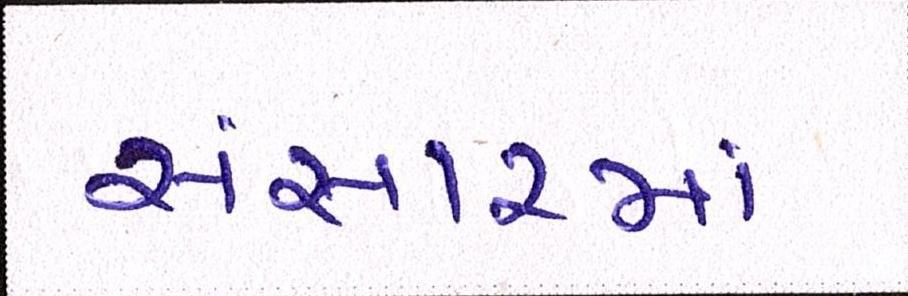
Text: સંસારમાં